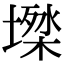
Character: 𡑙